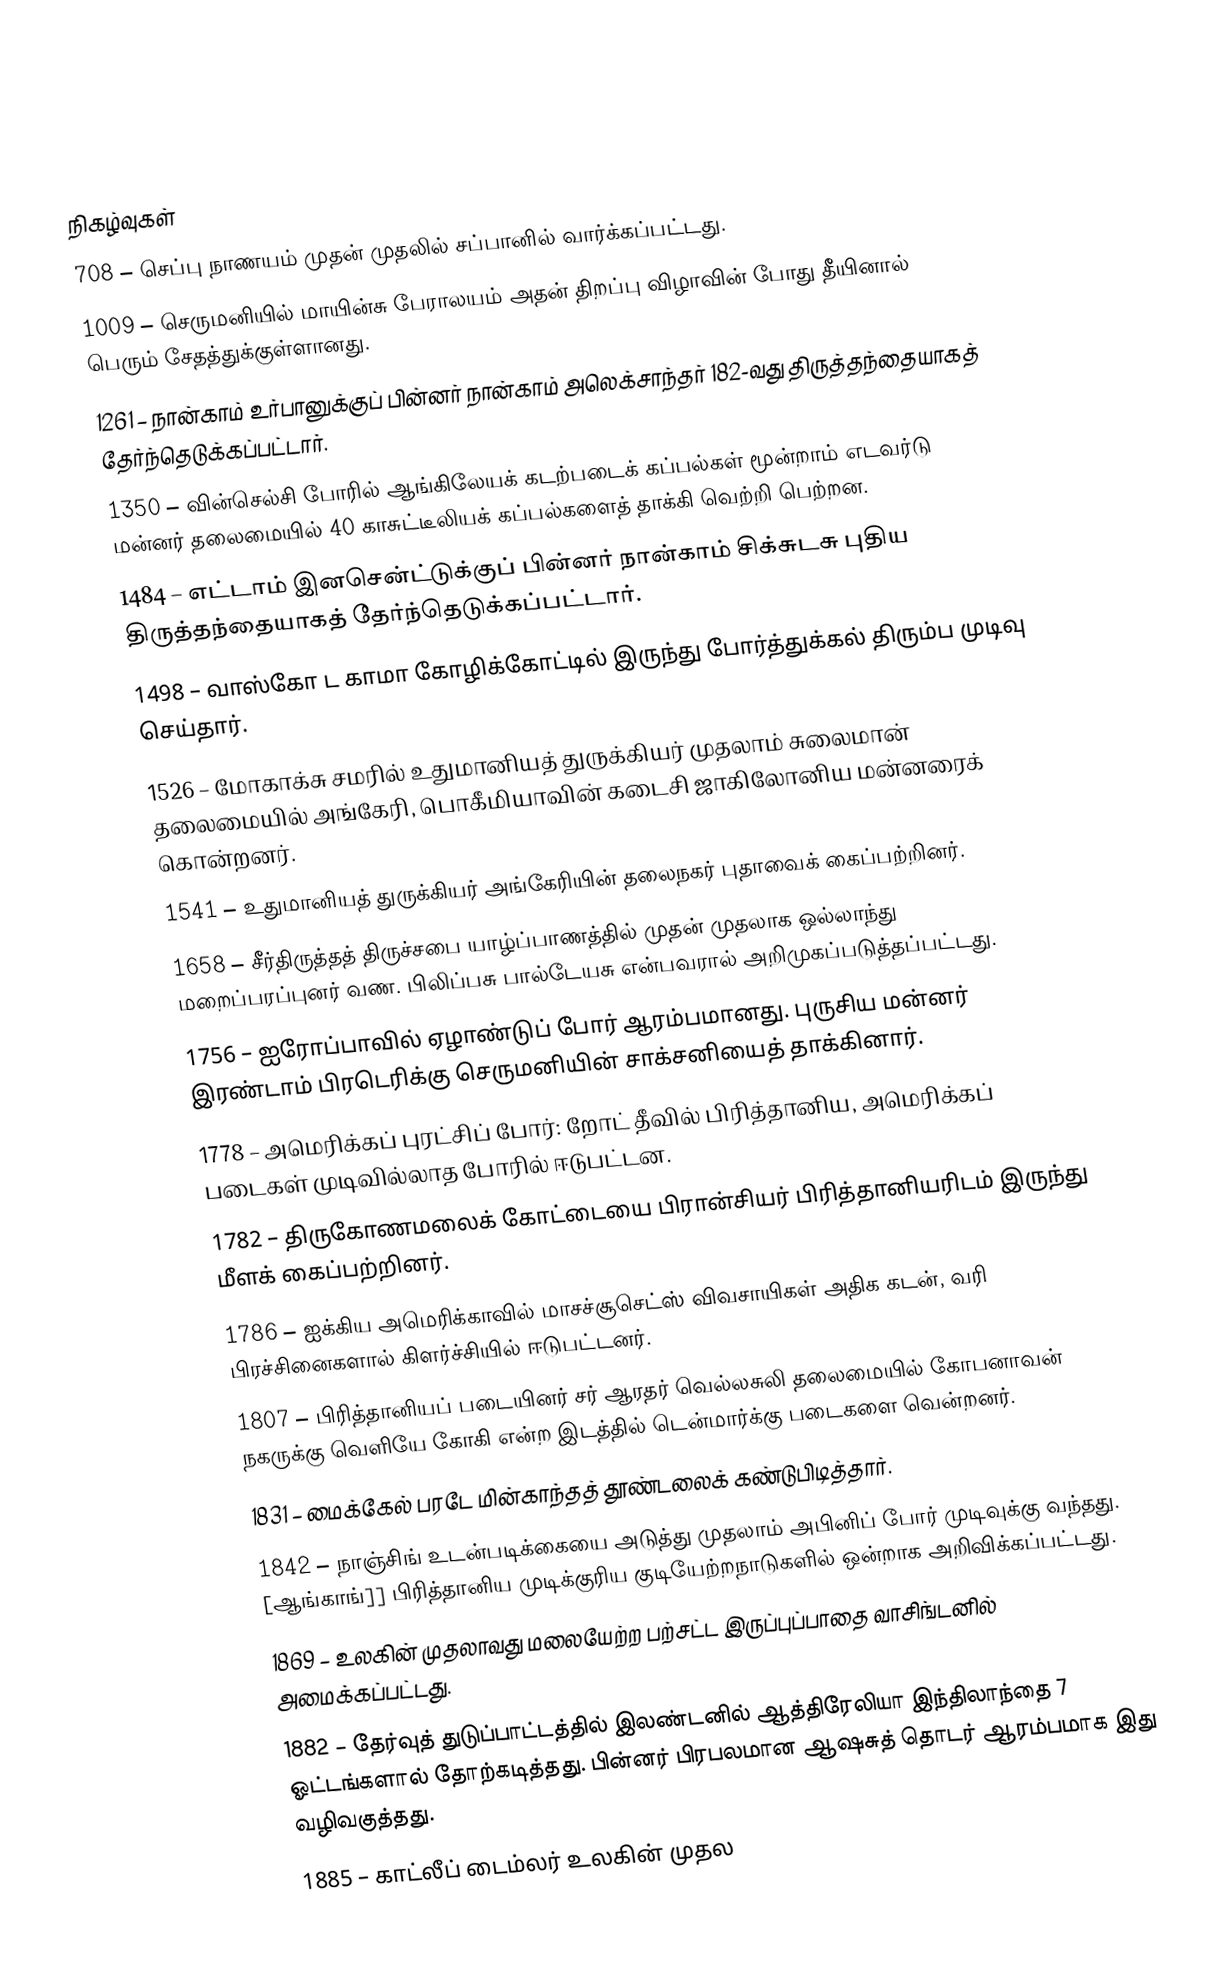

நிகழ்வுகள்
708 – செப்பு நாணயம் முதன் முதலில் சப்பானில் வார்க்கப்பட்டது.
1009 – செருமனியில் மாயின்சு பேராலயம் அதன் திறப்பு விழாவின் போது தீயினால் பெரும் சேதத்துக்குள்ளானது.
1261 – நான்காம் உர்பானுக்குப் பின்னர் நான்காம் அலெக்சாந்தர் 182-வது திருத்தந்தையாகத் தேர்ந்தெடுக்கப்பட்டார்.
1350 – வின்செல்சி போரில் ஆங்கிலேயக் கடற்படைக் கப்பல்கள் மூன்றாம் எடவர்டு மன்னர் தலைமையில் 40 காசுட்டீலியக் கப்பல்களைத் தாக்கி வெற்றி பெற்றன.
1484 – எட்டாம் இனசென்ட்டுக்குப் பின்னர் நான்காம் சிக்சுடசு புதிய திருத்தந்தையாகத் தேர்ந்தெடுக்கப்பட்டார்.
1498 – வாஸ்கோ ட காமா கோழிக்கோட்டில் இருந்து போர்த்துக்கல் திரும்ப முடிவு செய்தார்.
1526 – மோகாக்சு சமரில் உதுமானியத் துருக்கியர் முதலாம் சுலைமான் தலைமையில் அங்கேரி, பொகீமியாவின் கடைசி ஜாகிலோனிய மன்னரைக் கொன்றனர்.
1541 – உதுமானியத் துருக்கியர் அங்கேரியின் தலைநகர் புதாவைக் கைப்பற்றினர்.
1658 – சீர்திருத்தத் திருச்சபை யாழ்ப்பாணத்தில் முதன் முதலாக ஒல்லாந்து மறைப்பரப்புனர் வண. பிலிப்பசு பால்டேயசு என்பவரால் அறிமுகப்படுத்தப்பட்டது.
1756 – ஐரோப்பாவில் ஏழாண்டுப் போர் ஆரம்பமானது. புருசிய மன்னர் இரண்டாம் பிரடெரிக்கு செருமனியின் சாக்சனியைத் தாக்கினார்.
1778 – அமெரிக்கப் புரட்சிப் போர்: றோட் தீவில் பிரித்தானிய, அமெரிக்கப் படைகள் முடிவில்லாத போரில் ஈடுபட்டன.
1782 – திருகோணமலைக் கோட்டையை பிரான்சியர் பிரித்தானியரிடம் இருந்து மீளக் கைப்பற்றினர்.
1786 – ஐக்கிய அமெரிக்காவில் மாசச்சூசெட்ஸ் விவசாயிகள் அதிக கடன், வரி பிரச்சினைகளால் கிளர்ச்சியில் ஈடுபட்டனர்.
1807 – பிரித்தானியப் படையினர் சர் ஆரதர் வெல்லசுலி தலைமையில் கோபனாவன் நகருக்கு வெளியே கோகி என்ற இடத்தில் டென்மார்க்கு படைகளை வென்றனர்.
1831 – மைக்கேல் பரடே மின்காந்தத் தூண்டலைக் கண்டுபிடித்தார்.
1842 – நாஞ்சிங் உடன்படிக்கையை அடுத்து முதலாம் அபினிப் போர் முடிவுக்கு வந்தது. [ஆங்காங்]] பிரித்தானிய முடிக்குரிய குடியேற்றநாடுகளில் ஒன்றாக அறிவிக்கப்பட்டது.
1869 – உலகின் முதலாவது மலையேற்ற பற்சட்ட இருப்புப்பாதை வாசிங்டனில் அமைக்கப்பட்டது.
1882 – தேர்வுத் துடுப்பாட்டத்தில் இலண்டனில் ஆத்திரேலியா இந்திலாந்தை 7 ஓட்டங்களால் தோற்கடித்தது. பின்னர் பிரபலமான ஆஷசுத் தொடர் ஆரம்பமாக இது வழிவகுத்தது.
1885 – காட்லீப் டைம்லர் உலகின் முதல